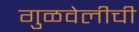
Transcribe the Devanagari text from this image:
गुळवेलीची